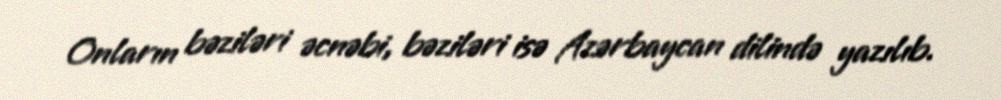
Onların bəziləri əcnəbi, bəziləri isə Azərbaycan dilində yazılıb.